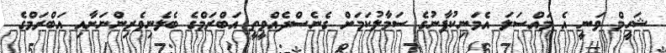
ޝަހީމް ވަނީ އެ މައްސަލަ އެމަނިކުފާނުގެ ސަމާލުކަމަށް ގެނެސްދެއްވީތީ އަބްރަމްގެ ބެލެނިވެރިންނަށާއި އަބްރަމްގެ